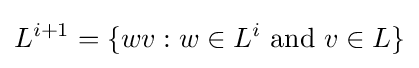
L^{i+1}=\{wv:w\in L^{i}{\text{ and }}v\in L\}